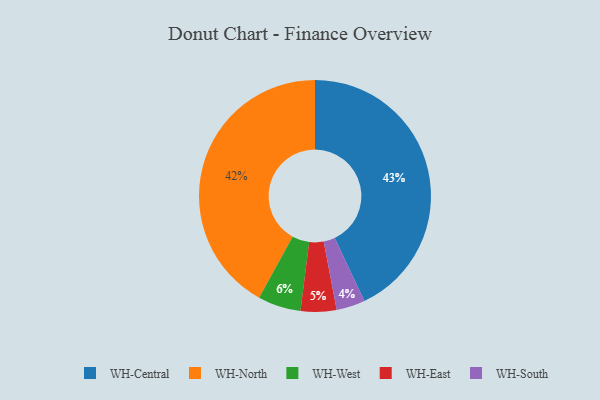
{"axis": {"x": "Category", "y": "Percentage"}, "legend": ["WH-Central", "WH-East", "WH-North", "WH-South", "WH-West"], "data": [{"x": "WH-South", "y": 4, "type": "WH-South"}, {"x": "WH-Central", "y": 43, "type": "WH-Central"}, {"x": "WH-East", "y": 5, "type": "WH-East"}, {"x": "WH-North", "y": 42, "type": "WH-North"}, {"x": "WH-West", "y": 6, "type": "WH-West"}]}